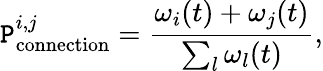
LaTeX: \mathtt{P}_{\textrm{{connection}}}^{i,j}=\frac{{\omega_{i}(t)+\omega_{j}(t)}}{{\sum_{l}\omega_{l}(t)}},